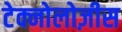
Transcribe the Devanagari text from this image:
टेक्नोलोज़ीस